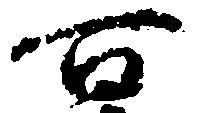
百